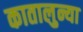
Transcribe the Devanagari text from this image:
कातालुन्या